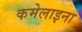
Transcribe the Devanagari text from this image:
कमेलाइना